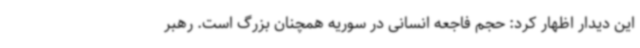
این دیدار اظهار کرد: حجم فاجعه انسانی در سوریه همچنان بزرگ است. رهبر